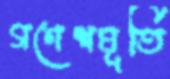
গণেশমূর্তি